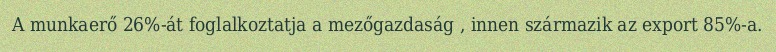
A munkaerő 26%-át foglalkoztatja a mezőgazdaság , innen származik az export 85%-a.